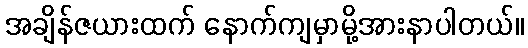
အချိန်ဇယားထက် နောက်ကျမှာမို့အားနာပါတယ်။